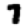
Digit: 7